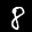
Label: 8